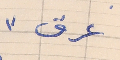
عرق"